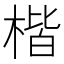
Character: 楷